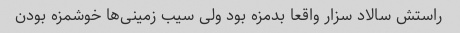
راستش سالاد سزار واقعا بدمزه بود ولی سیب زمینی‌ها خوشمزه بودن